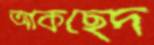
আকছেদ